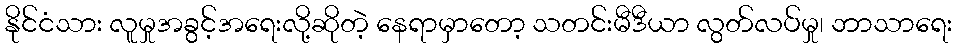
နိုင်ငံသား လူမှုအခွင့်အရေးလို့ဆိုတဲ့ နေရာမှာတော့ သတင်းမီဒီယာ လွတ်လပ်မှု၊ ဘာသာရေး